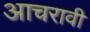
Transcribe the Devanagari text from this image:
आचरावी